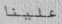
علينا